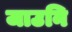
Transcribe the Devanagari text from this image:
जाउनि